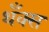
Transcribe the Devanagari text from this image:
थँक्स